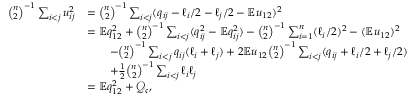
\begin{array} { r l } { \binom { n } { 2 } ^ { - 1 } \sum _ { i < j } u _ { i j } ^ { 2 } } & { = \binom { n } { 2 } ^ { - 1 } \sum _ { i < j } ( q _ { i j } - \ell _ { i } / 2 - \ell _ { j } / 2 - \mathbb { E } u _ { 1 2 } ) ^ { 2 } } \\ & { = \mathbb { E } q _ { 1 2 } ^ { 2 } + \binom { n } { 2 } ^ { - 1 } \sum _ { i < j } ( q _ { i j } ^ { 2 } - \mathbb { E } q _ { i j } ^ { 2 } ) - \binom { n } { 2 } ^ { - 1 } \sum _ { i = 1 } ^ { n } ( \ell _ { i } / 2 ) ^ { 2 } - ( \mathbb { E } u _ { 1 2 } ) ^ { 2 } } \\ & { \qquad - \binom { n } { 2 } ^ { - 1 } \sum _ { i < j } q _ { i j } ( \ell _ { i } + \ell _ { j } ) + 2 \mathbb { E } u _ { 1 2 } \binom { n } { 2 } ^ { - 1 } \sum _ { i < j } ( q _ { i j } + \ell _ { i } / 2 + \ell _ { j } / 2 ) } \\ & { \qquad + \frac { 1 } { 2 } \binom { n } { 2 } ^ { - 1 } \sum _ { i < j } \ell _ { i } \ell _ { j } } \\ & { = \mathbb { E } q _ { 1 2 } ^ { 2 } + \mathcal { Q } _ { \mathfrak { c } } , } \end{array}